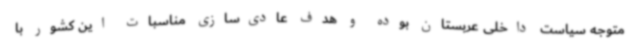
متوجه سیاست داخلی عربستان بوده و هدف عادی‌سازی مناسبات این کشور با